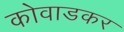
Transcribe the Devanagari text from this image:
कोवाडकर